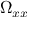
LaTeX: \Omega _ { x x }